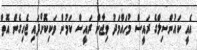
އެއީ ކައުންސިލްގެ ރައީސް މުހައްމަދު ވިޖާން ރައީސް ކަމުން ވަކިކޮށްފައި ޖެހިގެން އޮތް